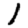
Digit: 1